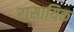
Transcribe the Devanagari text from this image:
रासायिक